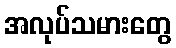
အလုပ်သမားတွေ